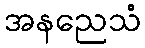
အနညေသံ